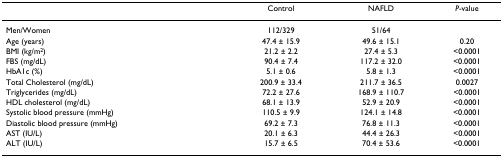
<table><thead><tr><td></td><td><b>Control</b></td><td><b>NAFLD</b></td><td><b><i>P</i>-value</b></td></tr></thead><tbody><tr><td>Men/Women</td><td>112/329</td><td>51/64</td><td></td></tr><tr><td>Age (years)</td><td>47.4 ± 15.9</td><td>49.6 ± 15.1</td><td>0.20</td></tr><tr><td>BMI (kg/m<sup>2</sup>)</td><td>21.2 ± 2.2</td><td>27.4 ± 5.3</td><td>&lt;0.0001</td></tr><tr><td>FBS (mg/dL)</td><td>90.4 ± 7.4</td><td>117.2 ± 32.0</td><td>&lt;0.0001</td></tr><tr><td>HbA1c (%)</td><td>5.1 ± 0.6</td><td>5.8 ± 1.3</td><td>&lt;0.0001</td></tr><tr><td>Total Cholesterol (mg/dL)</td><td>200.9 ± 33.4</td><td>211.7 ± 36.5</td><td>0.0027</td></tr><tr><td>Triglycerides (mg/dL)</td><td>72.2 ± 27.6</td><td>168.9 ± 110.7</td><td>&lt;0.0001</td></tr><tr><td>HDL cholesterol (mg/dL)</td><td>68.1 ± 13.9</td><td>52.9 ± 20.9</td><td>&lt;0.0001</td></tr><tr><td>Systolic blood pressure (mmHg)</td><td>110.5 ± 9.9</td><td>124.1 ± 14.8</td><td>&lt;0.0001</td></tr><tr><td>Diastolic blood pressure (mmHg)</td><td>69.2 ± 7.3</td><td>76.8 ± 11.3</td><td>&lt;0.0001</td></tr><tr><td>AST (IU/L)</td><td>20.1 ± 6.3</td><td>44.4 ± 26.3</td><td>&lt;0.0001</td></tr><tr><td>ALT (IU/L)</td><td>15.7 ± 6.5</td><td>70.4 ± 53.6</td><td>&lt;0.0001</td></tr></tbody></table>